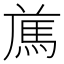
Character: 𩢁